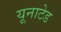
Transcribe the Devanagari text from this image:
यूनाटेड